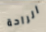
الراحة